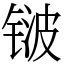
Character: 𬭛